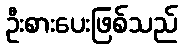
ဦးစားပေးဖြစ်သည်